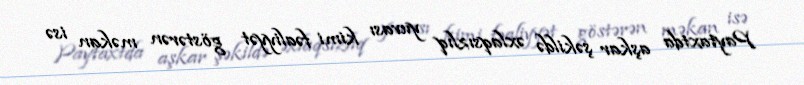
Paytaxtda aşkar şəkildə əxlaqsızlıq yuvası kimi fəaliyyət göstərən məkan isə